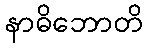
နာဓိဘောတိ